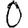
Digit: 0